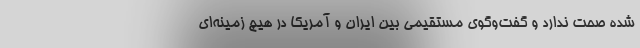
شده صحت ندارد و گفت‌وگوی مستقیمی بین ایران و آمریکا در هیچ زمینه‌ای